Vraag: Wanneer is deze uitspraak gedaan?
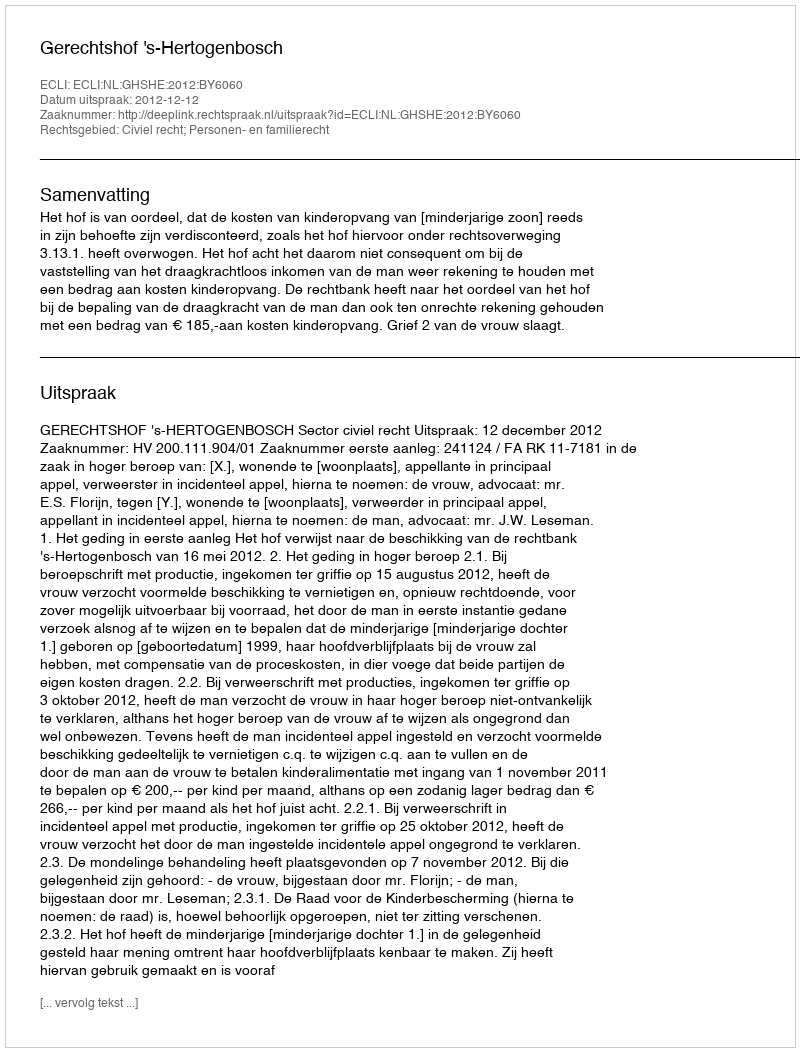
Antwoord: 2012-12-12